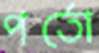
পর্তো